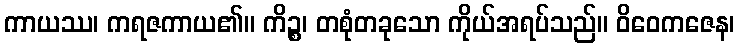
ကာယဿ၊ ကရဇကာယ၏။ ကိဉ္စ၊ တစုံတခုသော ကိုယ်အရပ်သည်။ ဝိဝေကဇေန၊